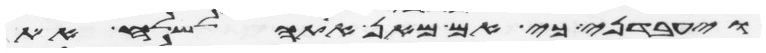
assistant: ויעבדני כי אם מאן אתה לשלח את